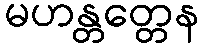
မဟန္တတ္တေန